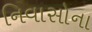
નિવાસોના